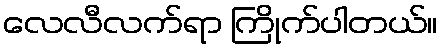
လေလီလက်ရာ ကြိုက်ပါတယ်။